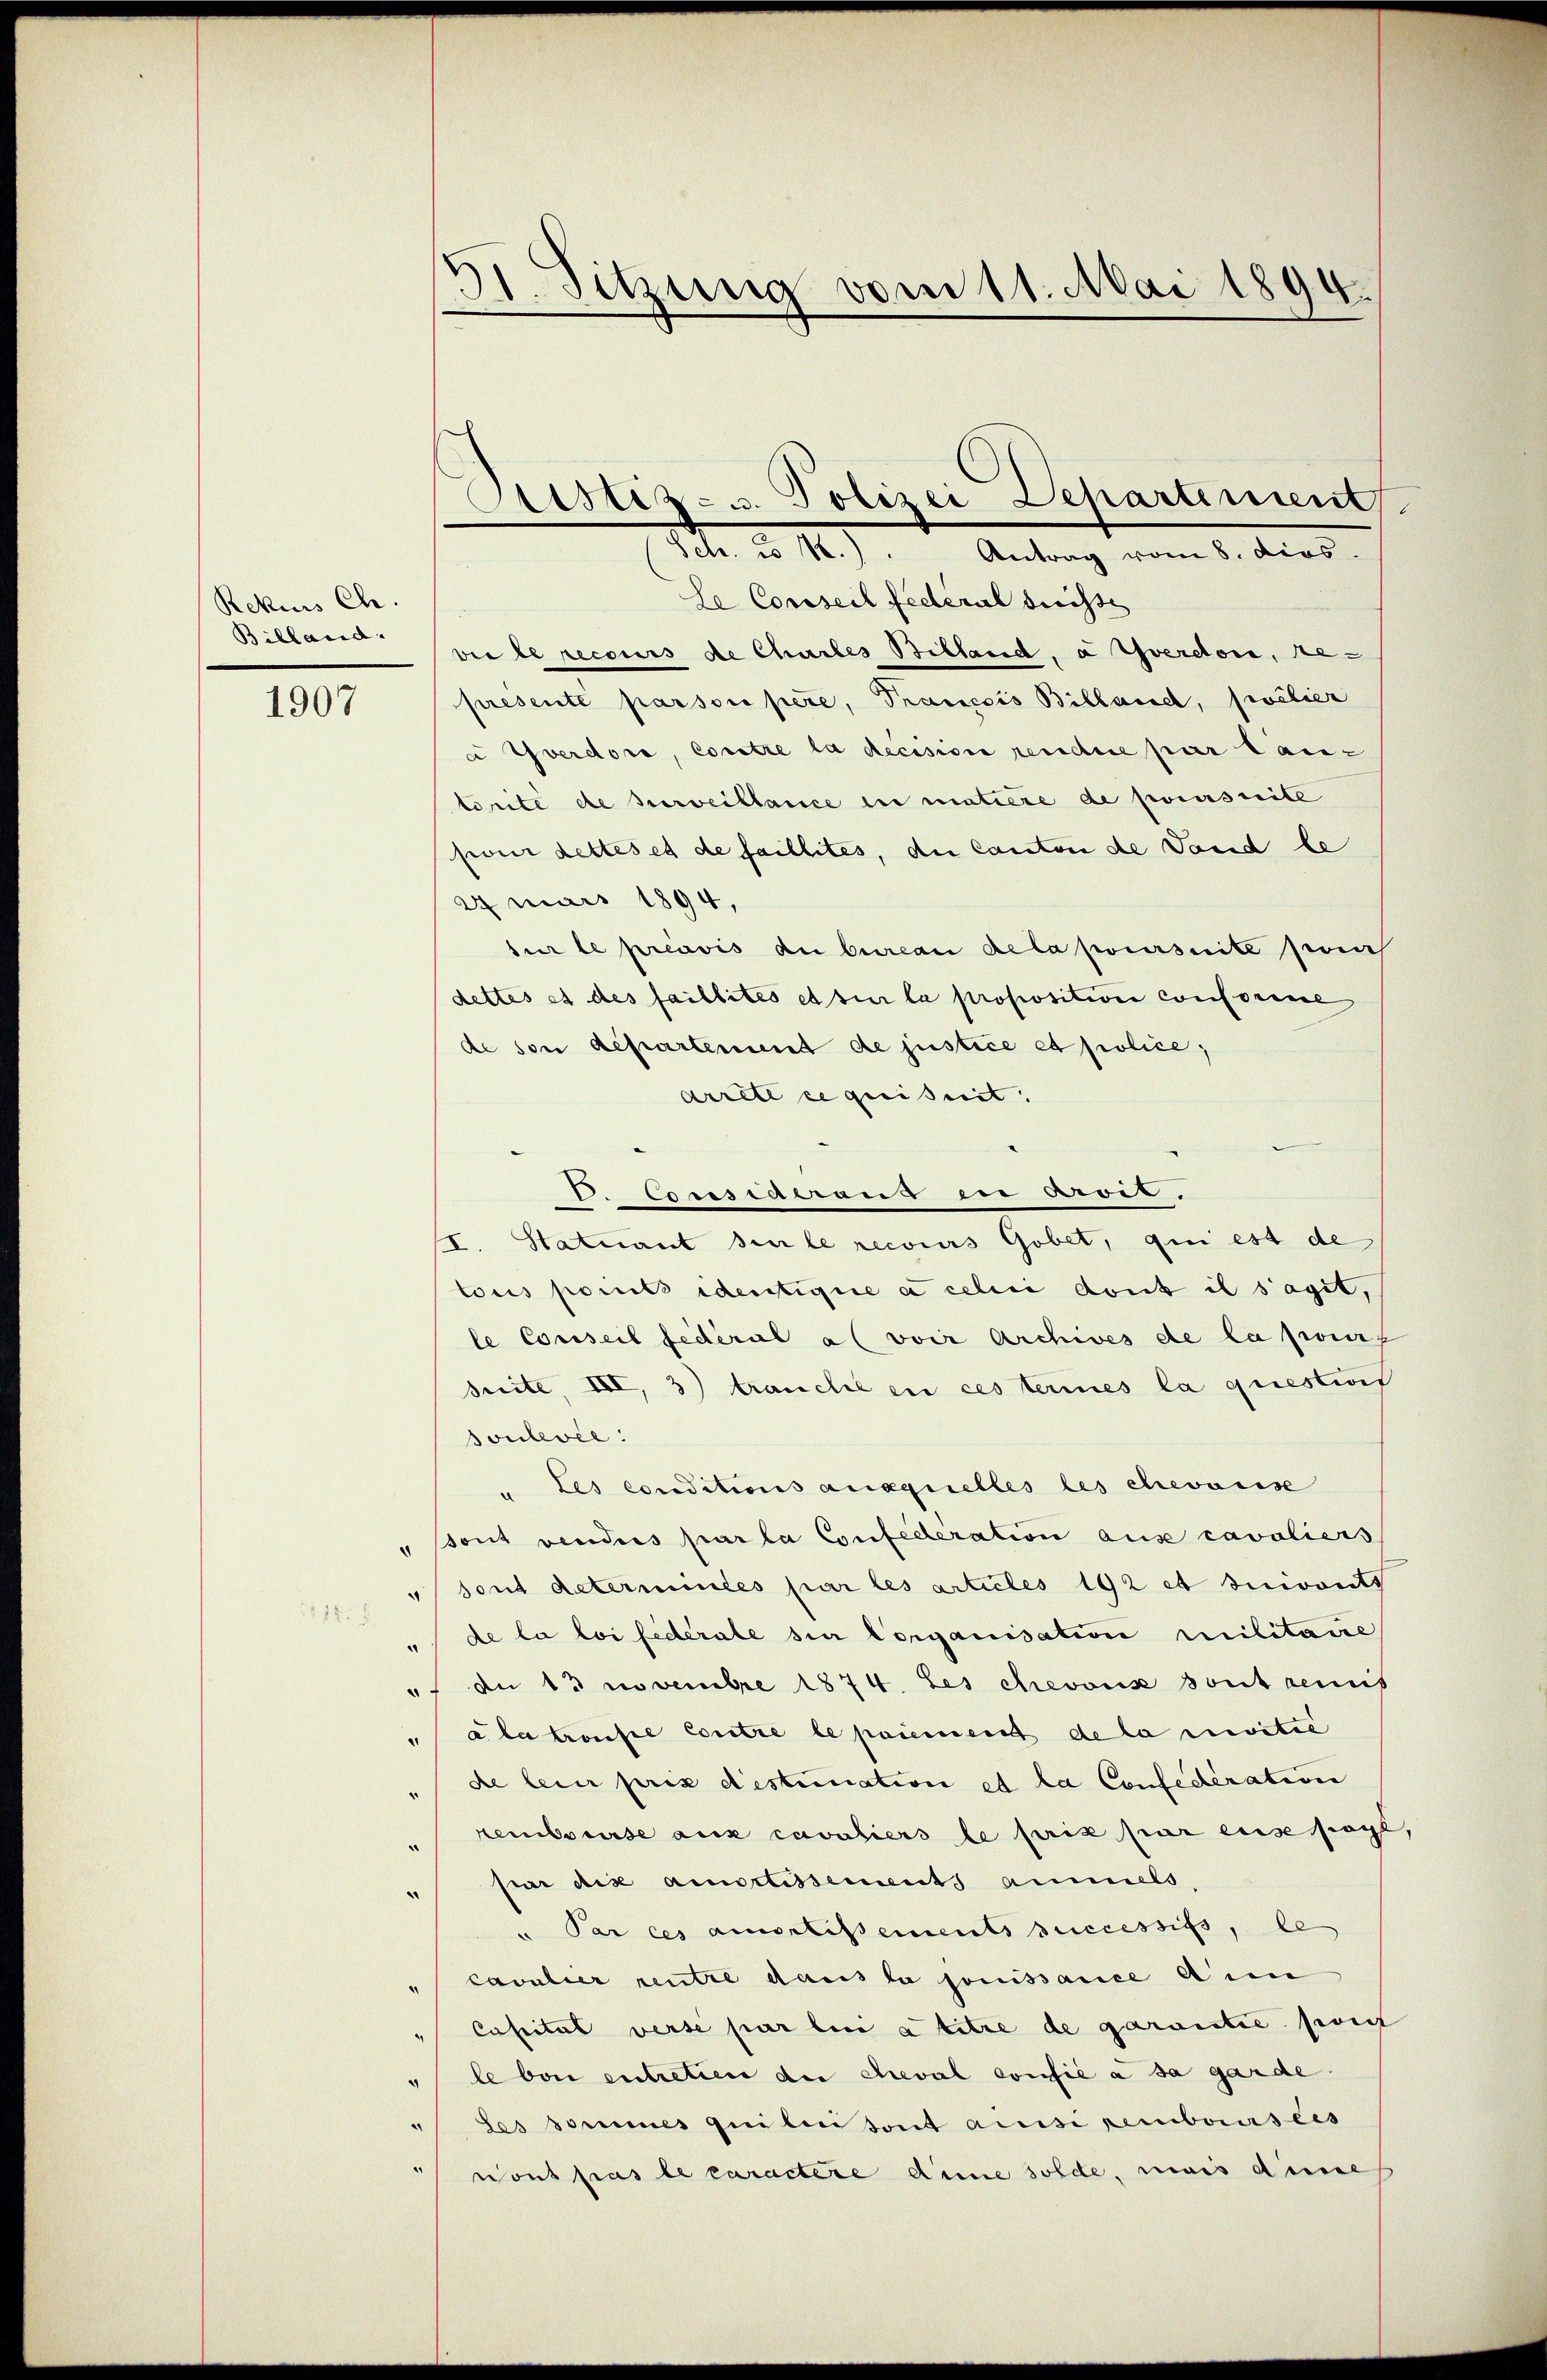
Rekurs Ch.
Billand.

1907

11. Sitzung vom 11. Mai 1894.

Se Conseil Federal dichte
ver le recours de Chartes Billand, a Spverdori, be-
presenté parson pere, Trancois Billand, sivelier
à Yverdore, Contre la decision rendire par tanz
torité de surveillance in matiere de poursuite
jour dettes et de faillites, die Canton de Vaud le
2mars 1894,
sur le préavis du bureau de la poursuite pour
dettes et des faillités et sur la proposition conforene
de von departement de justice et police,
arrete requisit.
.Coresideraus in Aris.
II. Statuant sie le recours Gobet, qui est de
tous points identique à celui dont il s’agit,
le Conseil fédéral al voir Archives de la pours
Seite, III, 3) trauche en ces terines la questiret
soulevée:
" Les conditions auxquelles les chevaux
" ont vendes parla Confederation aus cavaliers
"Sont determindes par les articles 192 et suivants
" de la loi federate sie Corganisation militaire
" an 13 novembre 1874. Les chevous sont remis
"ala konfte Contre le paiement de la moitie
de lein prix desteination et la Confederation
rembourse aux cavaliers le prix par eise sogl
.
" für die amortissements ammels,
" Par ces amortissements successiss, le
"Cavalier rentre dans la jouissance Ann
Capital verse par lui a titre de garantie port
"le von entretien de cheval confié à sa garde.
" des domines quiten sont acisi remboursees
nont pas le caractere dene solde, mais dene

Sistiz- u. Polizei Departement
Setr. u 12). Antrag vom 8. dies